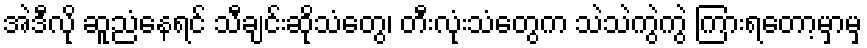
အဲဒီလို ဆူညံနေရင် သီချင်းဆိုသံတွေ၊ တီးလုံးသံတွေက သဲသဲကွဲကွဲ ကြားရတော့မှာမှ